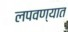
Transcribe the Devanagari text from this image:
लपवण्यात